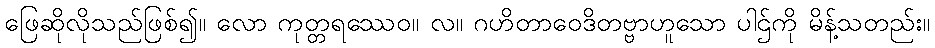
ဖြေဆိုလိုသည်ဖြစ်၍။ လော ကုတ္တရဿေဝ။ လ။ ဂဟိတာဝေဒိတဗ္ဗာဟူသော ပါဌ်ကို မိန့်သတည်း။